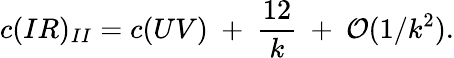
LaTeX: c(IR)_{II}=c(UV)~+~{\frac{12}{k}}~+~{\cal O}(1/k^{2}).